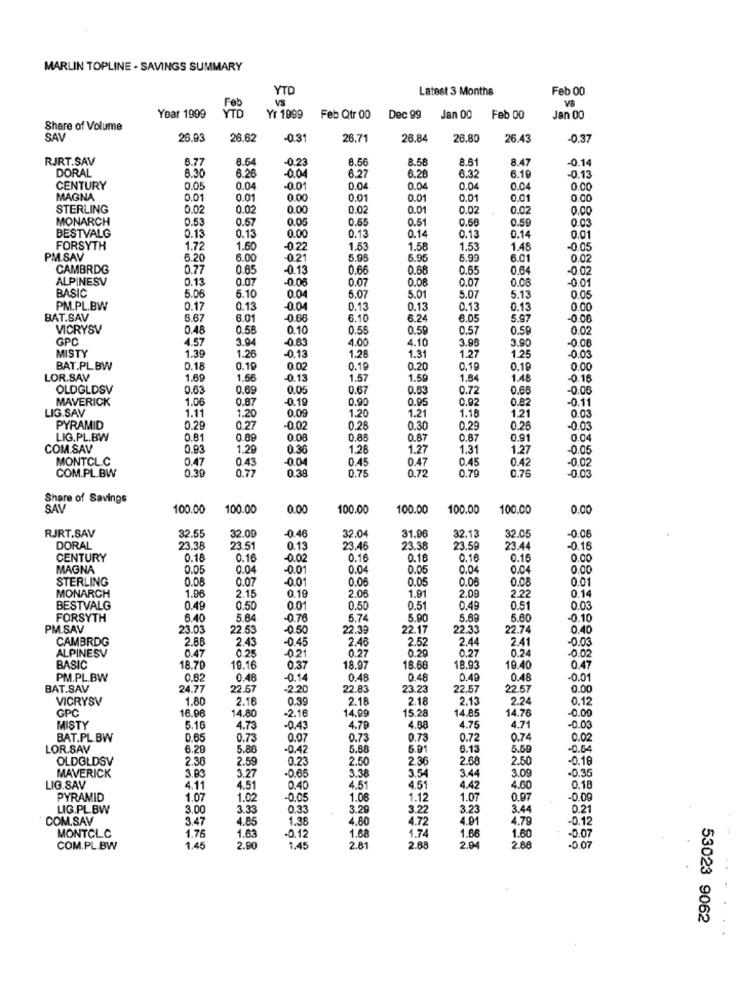
MARLIN TOPLINE - SAVINGS SUMMARY
YTD
Latest 3 Months
Feb 00
Feb
Year 1999
YTD
Yr 1999
Feb Qtr 00
Dec 99
Jan 00
Feb 00
Jan 00
Share of Volume
SAV
26.93
26.62
-0.3
26.71
28.84
28.80
26.43
-0.37
RJRT.SAV
8.77
8.64
-0.2
8.56
8.58
8.61
8.47
0.14
DORAL
8.30
6.26
6.27
6.28
6.32
6.10
-0.04
-0.13
CENTURY
0.05
0.04
-0.01
0.04
0.04
0.04
0.04
0.00
MAGNA
0.01
0.01
0.00
0.01
0.01
0.01
0.01
0.00
STERLING
0.02
0.02
0.00
0.02
0.01
0.02
0.02
0.00
MONARCH
0.53
0.57
0.05
0.55
0.51
0.56
0.59
0.13
0.03
BESTVALG
0.13
0.13
0.00
0.13
0.14
0.14
0.01
FORSYTH
1.72
1.60
-0.22
1.53
1.58
1.53
1.45
-0.05
PM.SAV
6.20
6.00
-0.21
5.95
6.99
6.01
0.02
CAMBRDG
0.77
0.65
-0.13
0.66
0.68
0.65
0.64
-0.02
ALPINESV
0.13
0.07
0.07
0.08
0.07
0.00
-0.01
BASIC
5.06
5.10
0.0
5.07
5.01
5.07
5.13
0.05
PM.PL.BW
0.17
0.13
-0.04
0.13
0.13
0.13
0.13
0.00
BAT.SAV
6.67
6.01
-0.66
6.10
6.24
6.05
5.97
-0.08
VICRYSV
0.48
0.58
0.10
0.55
0.59
0.57
0.59
0.02
GPC
4.57
3.94
-0.63
4.00
4.10
3.98
3.90
-0.08
-0.13
1.28
1.27
MISTY
1.39
1.26
1.31
1.25
-0.03
BAT.PL.BW
0.18
0.19
0.02
0.19
0.20
0.19
0.19
0.00
LOR.SAV
1.69
1.56
-0.13
1.57
1.50
1.84
1.48
-0.16
OLDGLDSV
0.63
0.69
0.05
0.67
0.63
0.72
0.66
-0.06
MAVERICK
1.06
0.87
-0.19
0.90
0.95
0.92
0.82
-0.11
LIG.SAV
1.11
0.00
1.20
1.18
1.21
0.03
1.20
1.21
PYRAMID
0.29
0.27
-0.02
0.28
0.30
0.29
0.26
-0.03
LIG.PL.BW
0.81
0.88
0.08
0.89
0.87
0.87
0.91
0.0
COM.SAV
0.93
1.29
0.36
1.28
1.27
1.31
1.27
-0.05
MONTCL.C
0.47
0.43
-0.04
0.45
0.47
0.45
0.42
-0.02
COM.PL.BW
0.39
0.77
0.3
0.75
0.72
0.79
0.76
-0.03
Share of Savings
100.00
100.00
0.00
100.00
100.00
100.00
100.00
0.00
RJRT.SAV
32.55
32.00
-0.46
32.04
31.96
32.1
32.05
-0.08
DORAL
23.38
23.51
0.13
23.46
23.38
23.59
23.44
0.16
CENTURY
0.18
0.16
-0.02
0.16
0.16
0.16
0.16
0.00
MAGNA
0.05
0.04
-0.01
0.04
0.05
0.04
0.04
0.00
STERLING
0.08
0.07
-0.01
0.0€
0.05
0,06
0.08
0.01
MONARCH
1.96
2.22
2.15
0.19
2.06
1.91
2.09
0.14
BESTVALG
0.49
0.50
0.01
0.50
0.51
0.49
0.51
0.03
FORSYTH
6.40
5.84
-0.76
6.74
5.90
5.69
5.60
0.10
PM.SAV
23.0
22.53
-0.50
22.39
22.17
22.33
22.74
0.40
CAMBRDG
2.88
2.43
-0.45
2.48
2.5
2.44
2.41
-0.03
ALPINESV
025
0.29
0.27
0.24
-0.02
0.47
-0.21
0.27
BASIC
18.70
19.16
0.37
18.97
18.66
18.93
19.40
0.47
PM.PL.BW
0.82
0.48
-0.14
0.46
0.48
0.49
0.48
-0.01
BAT.SAV
24.77
22.57
-2.20
22.83
23.23
22.57
22.57
0.00
VICRYSV
1.80
2.16
0.3
2.18
2.1
2.13
2.24
0.12
GPC
16.96
14.99
15.28
14.85
14.76
-0.09
14.80
-2.16
MISTY
5.16
4.73
-0.43
4.79
4.68
4.75
4.71
-0.03
BAT.PL.BW
0.65
0.73
0.07
0.73
0.73
0.72
0.74
0.02
LOR.SAV
6.20
5.86
-0.42
5.88
5.91
6.13
5.59
-0.54
OLDGLDSV
2.36
2.59
0.23
2.50
2.36
2.68
2.50
-0.19
3.38
3.54
3.00
-0.35
MAVERICK
3.83
3.27
-0.65
3.44
LIG.SAV
4.11
4.51
0.4
4.51
4.51
4.42
4.60
0.18
PYRAMID
1.07
1.02
-0.05
1.06
1.12
1.07
0.97
-0.09
LIG.PL.BW
3.00
3.33
0.33
3.25
3.2
3.23
3.44
0.2
COM.SAV
3.47
4.85
1.38
4.80
4.72
4.91
4.79
-0.12
1.75
-0.17
1.68
1.74
1.66
1.60
-0.07
MONTCLC
1.63
COM.PL.BW
1.45
2.80
1.45
2.81
2.68
2.94
2.68
-0.07
53023 9062